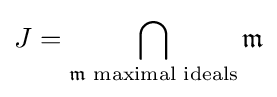
J=\bigcap _{{\mathfrak {m}}{\text{ maximal ideals}}}{\mathfrak {m}}